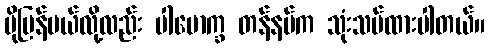
ပိုမြန်မယ်လို့လည်း ပါမောက္ခ တန်နမ်က သုံးသပ်ထားပါတယ်။